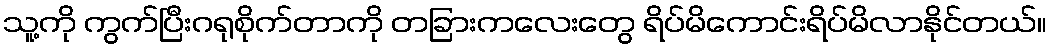
သူ့ကို ကွက်ပြီးဂရုစိုက်တာကို တခြားကလေးတွေ ရိပ်မိကောင်းရိပ်မိလာနိုင်တယ်။